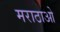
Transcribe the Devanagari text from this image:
मराठाओ